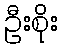
ဦးစိုး